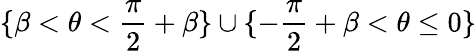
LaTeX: \{ \beta<\theta<\frac{\pi}{2}+\beta\} \cup\{ -\frac{\pi}{2}+\beta<\theta\leq 0\}